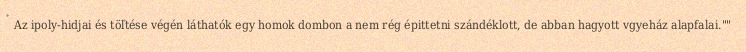
Az ipoly-hidjai és töltése végén láthatók egy homok dombon a nem rég épittetni szándéklott, de abban hagyott vgyeház alapfalai.""